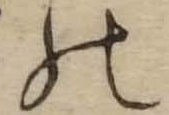
の